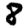
Digit: 8